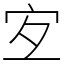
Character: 宐